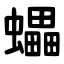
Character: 蠝